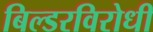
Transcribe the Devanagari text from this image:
बिल्डरविरोधी